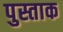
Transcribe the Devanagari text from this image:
पुस्ताक